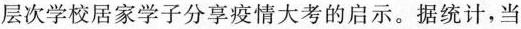
层次学校居家学子分享疫情大考的启示。据统计，当